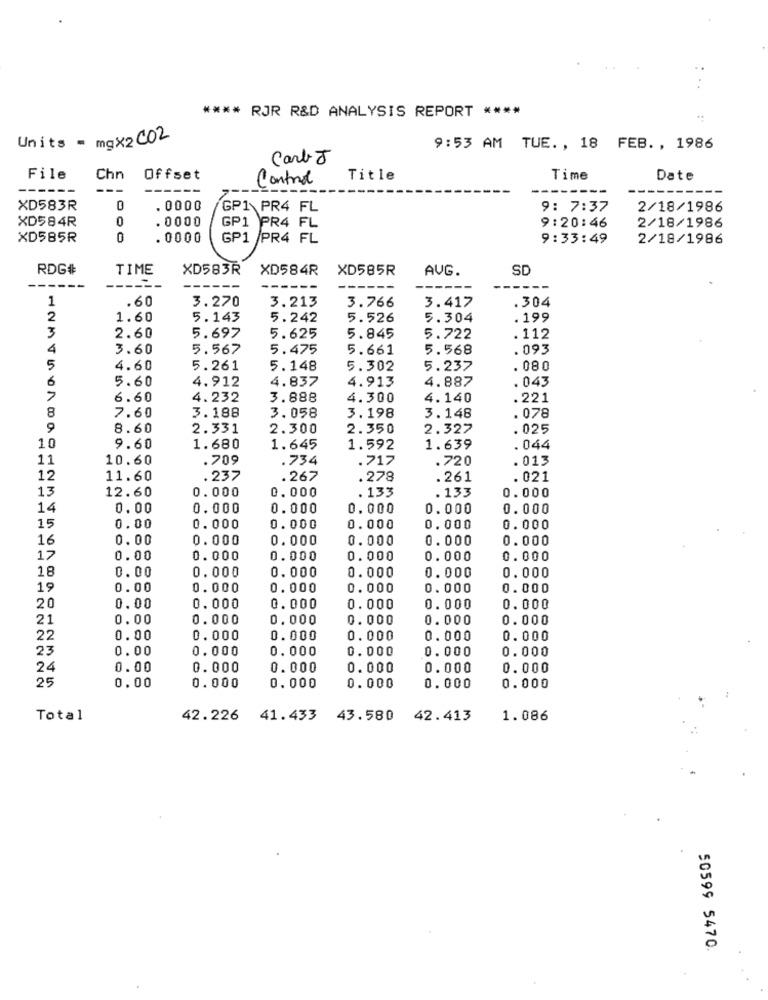
**** RJR R&D ANALYSIS REPORT ****
Units - mgX2 C02
9:53 AM TUE. , 18 FEB ., 1986
Carl J
File
Chn
Offset
Control
Title
Time
Date
------
---
------
XD583R
0
. 0000
GP1 PR4 FL
9: 7:37
2/18/1986
XD584R
0
.0000
GP1 PR4 FL
9:20:46
2/18/1986
XD585R
0
. 0000
GP1 /PR4 FL
9:33:49
2/18/1986
RDG#
TIME
XD583R
XD584R
XD585R
AUG.
SD
---
1
.60
3.270
3.213
3.766
.304
3.417
2
1.60
5.143
5.242
5.526
5.304
.199
3
2.60
5.697
5.625
5.845
5.722
. 112
4
3.60
5.567
5.475
5.661
5.568
. 093
5
4.60
5.261
5.148
5.302
5.237
. 080
6
5.60
4.912
4.837
4.913
4.887
. 043
6.60
4.232
3.888
4.300
4.140
.221
8
7.60
3.188
3.058
3.198
3.148
. 078
9
8.60
2.331
2.300
2.350
2.327
.025
10
9.60
1.680
1.645
1.592
1.639
. 044
11
10.60
.709
.734
.717
.720
.013
12
11.60
.237
.267
.278
.261
. 021
13
12.60
0.000
0.000
. 133
. 133
0.000
14
0.00
0.000
0.000
0.000
0.000
0.000
15
0.00
0.000
0.000
0.000
0.000
0.000
16
0.00
0.000
0.000
0.000
0.000
0.000
17
0.00
0.000
0.000
0.000
0. 000
0.000
18
0.00
0.000
0.000
0.000
0.000
0.000
19
0.00
0.000
0.000
0. 000
0.000
0.000
20
0.00
0.000
0.000
0. 000
0.000
0.000
21
0.00
0.000
0.000
0.000
0.000
0.000
22
0.00
0.000
0.000
0.000
0.000
0.000
23
0.00
0.000
0.000
0.000
0.000
0.000
24
0.00
0.000
0.000
0.000
0.000
0.000
25
0.00
0.000
0.000
0.000
0.000
0.000
Total
42.226 41.433
43.580 42.413
1.086
50599 5470.